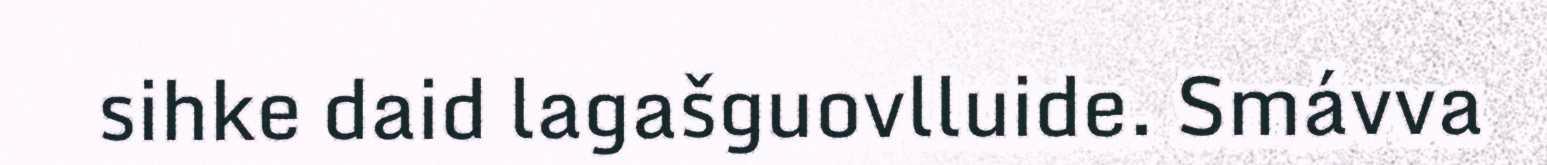
sihke daid lagašguovlluide. Smávva